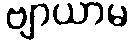
ဗျာယာမ